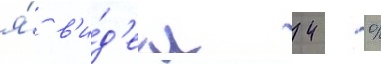
я́ в'и́д'ел 42 %